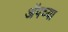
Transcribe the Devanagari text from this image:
ॲपच्या